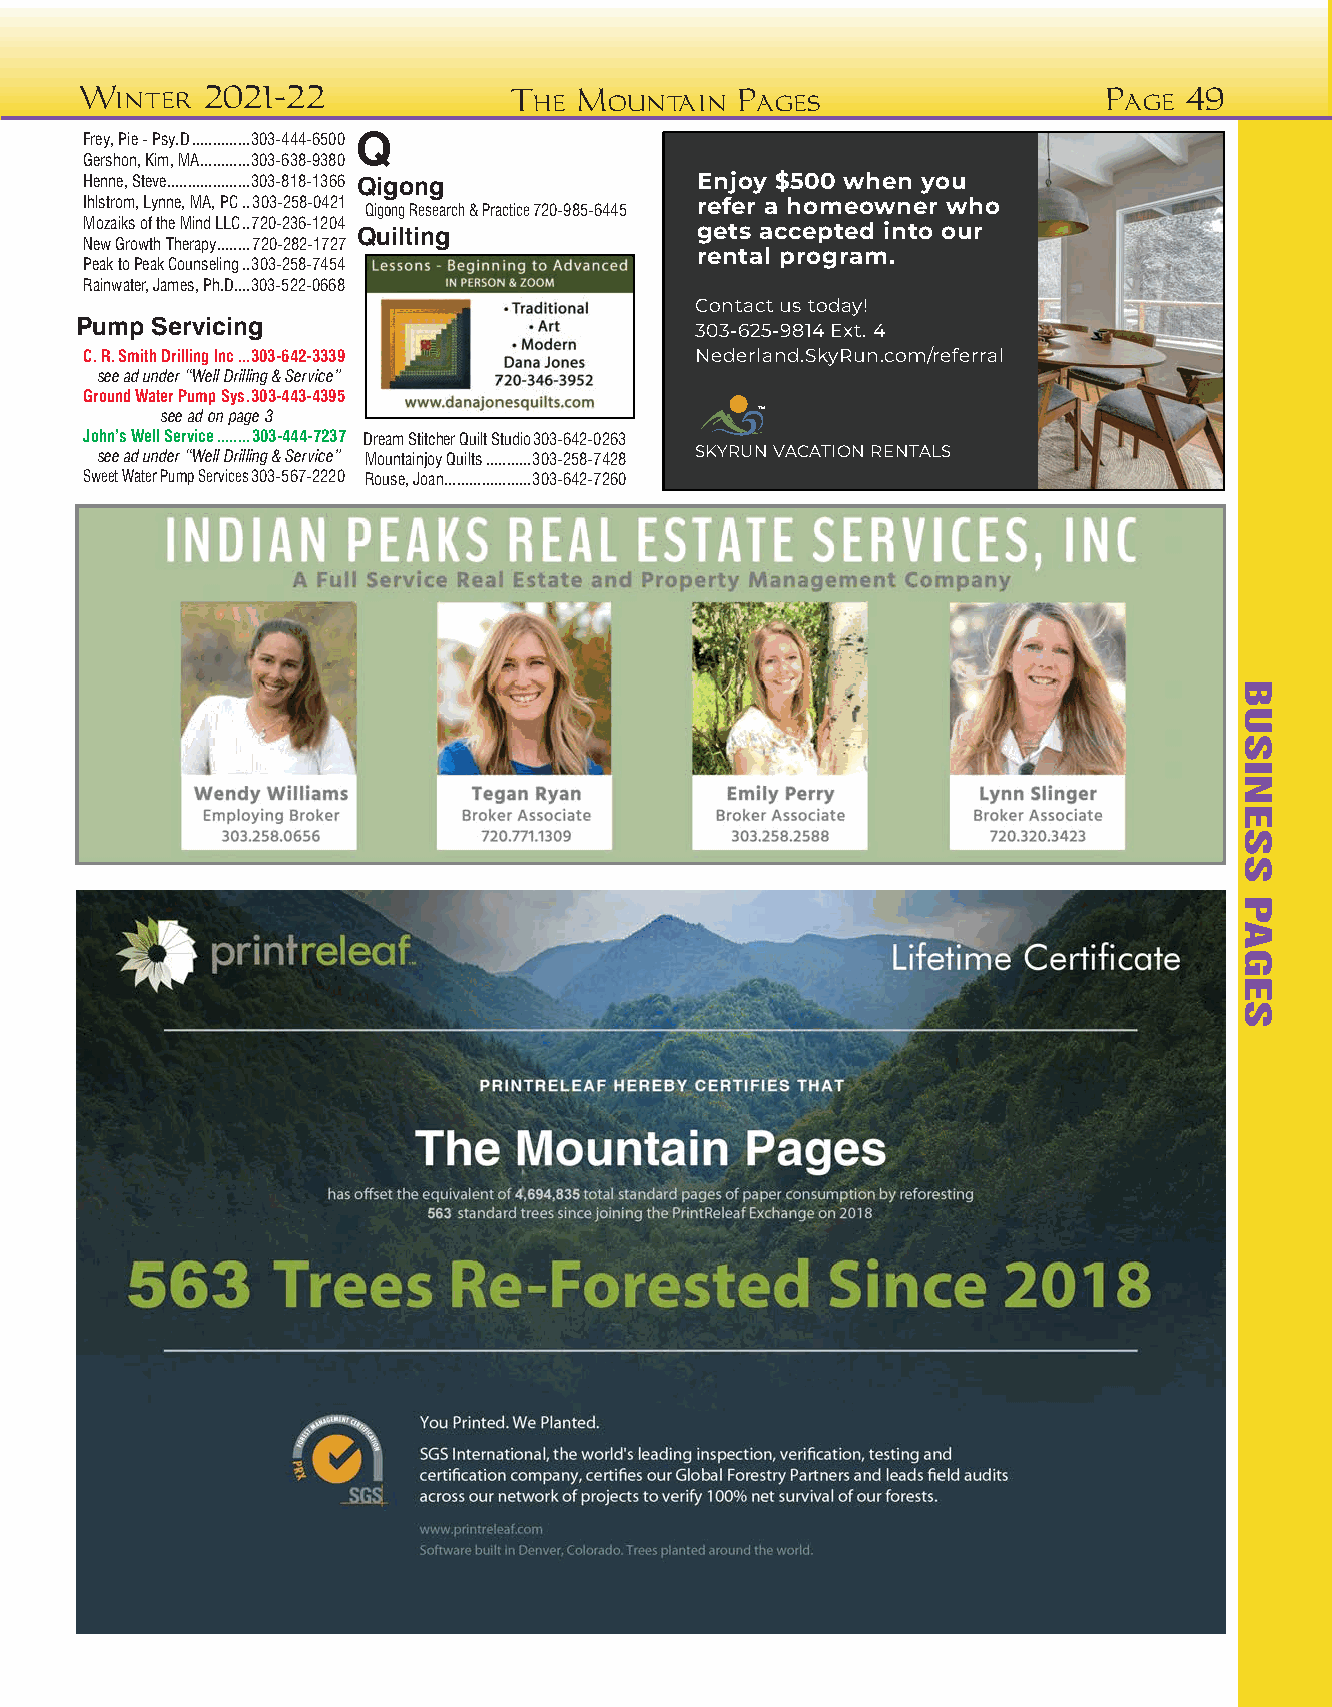
Winter  2021-22              The Mountain   Pages                   Page 49
 Frey, Pie - Psy.D ..............303-444-6500 Q
 Gershon, Kim, MA ............303-638-9380
 Henne, Steve ....................303-818-1366 Qigong Enjoy $500 when you
 Ihlstrom, Lynne, MA, PC ..303-258-0421  refer a homeowner who
 Qigong Research & Practice 720-985-6445
 Mozaiks of the Mind LLC ..720-236-1204 Quilting gets accepted into our
 New Growth Therapy ........720-282-1727
 rental program.
 Peak to Peak Counseling ..303-258-7454
 Rainwater, James, Ph.D....303-522-0668
 Contact us today!
 Pump Servicing
 303-625-9814 Ext. 4
 C. R. Smith Drilling Inc ...303-642-3339 Nederland.SkyRun.com/referral
 see ad under “Well Drilling & Service”
 Ground Water Pump Sys .303-443-4395
 see ad on page 3                       ™
 John’s Well Service ........303-444-7237 Dream Stitcher Quilt Studio 303-642-0263
 see ad under “Well Drilling & Service” Mountainjoy Quilts ...........303-258-7428 SKYRUN VACATION RENTALS
 Sweet Water Pump Services 303-567-2220 Rouse, Joan .....................303-642-7260
 BUSINESS
 PAGES